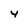
Character: 4